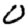
Digit: 0